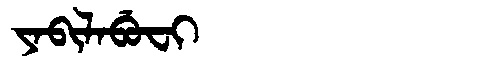
Manchu: ᠶᠠᠪᡳᠯᠠᠪᡠᠸᡳ
Romanization: YABILABUFI